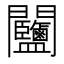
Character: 𨷽